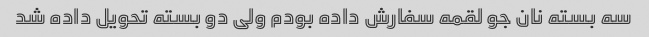
سه بسته نان جو لقمه سفارش داده بودم ولی دو بسته تحویل داده شد